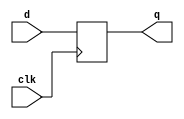
module top_module (
    input clk,    // Clocks are used in sequential circuits
    input d,
    output reg q 
);
    // non-blocking assignment is used for edge-triggered always blocks
    always @ (posedge clk)
        q <= d;
       
endmodule